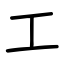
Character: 工